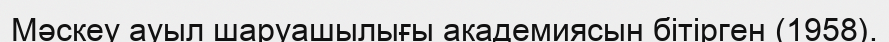
Мәскеу ауыл шаруашылығы академиясын бітірген (1958).